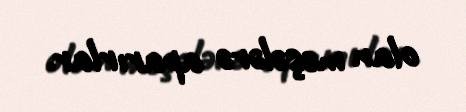
olan meşələrə aparırlar.